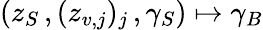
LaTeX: (z_{S}\, ,(z_{v,j})_{j}\, ,\gamma_{S})\mapsto\gamma_{B}